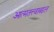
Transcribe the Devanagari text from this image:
आत्मतत्त्वाबद्दल